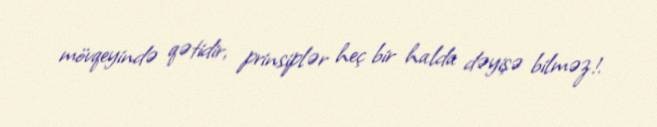
mövqeyində qətidir, prinsiplər heç bir halda dəyişə bilməz!.